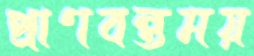
প্রাণবন্তময়